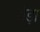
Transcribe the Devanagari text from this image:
येड़ा